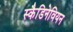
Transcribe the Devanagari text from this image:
स्कैडिनेवियन